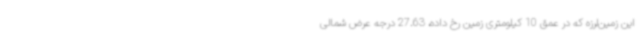
این زمین‌لرزه که در عمق 10 کیلومتری زمین رخ داده، 27.63 درجه عرض شمالی